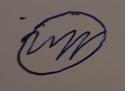
Signature authenticity: forged